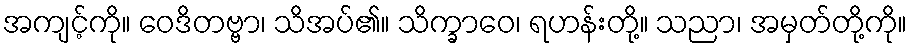
အကျင့်ကို။ ဝေဒိတဗ္ဗာ၊ သိအပ်၏။ သိက္ခာဝေ၊ ရဟန်းတို့။ သညာ၊ အမှတ်တို့ကို။